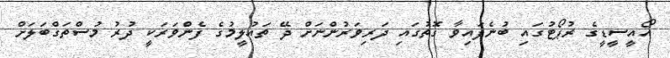
އޯއީސީޑީގެ ރުޕޯޓުގައި ބުނެފައިވާ ގޮތުގައި ދަރިވަރުންނަށް ދޭ ތައުލީމުގެ ފެންވަރަކީ ދުރު މުސްތަގްބަލަށް